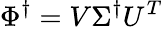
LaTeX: \Phi^{\dagger}=V\Sigma^{\dagger}U^{T}